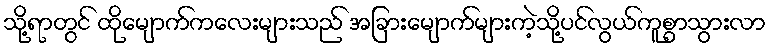
သို့ရာတွင် ထိုမျောက်ကလေးများသည် အခြားမျောက်များကဲ့သို့ပင်လွယ်ကူစွာသွားလာ